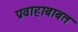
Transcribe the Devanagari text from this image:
प्रवाहाबाबत